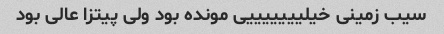
سیب زمینی خیلیییییییی مونده بود ولی پیتزا عالی بود